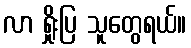
လာ ရှိုးပြ သူတွေရယ်။